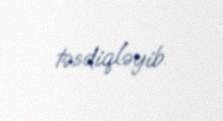
təsdiqləyib.